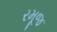
રમૂજ